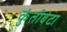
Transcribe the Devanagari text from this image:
कुंतीबेटा